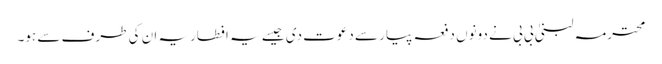
محترمہ لبنیٰ بی بی نے دونوں دفعہ پیار سے دعوت دی جیسے یہ افطاریہ ان کی طرف سے ہو۔